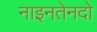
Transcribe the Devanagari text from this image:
नाइनतेनदो